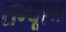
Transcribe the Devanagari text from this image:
सम्यूएल